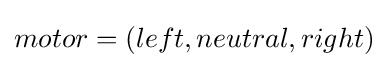
motor=(left,neutral,right)